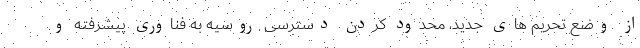
از وضع تحریم های جدید، محدود کردن دسترسی روسیه به فناوری پیشرفته و